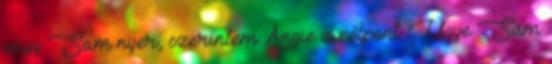
vagy Sam nyer, szerintem Angie a célpont. Ugye Sam